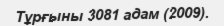
Тұрғыны 3081 адам (2009).